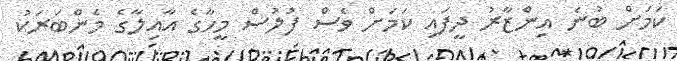
ކަމަށް ބުނެ އިންޒާރު ދީފައި ކަމަށް ވެސް ފުލުސް މީހާގެ އާއިލާގެ މެންބަރަކު